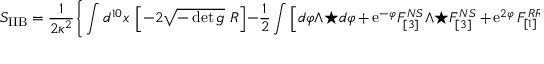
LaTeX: S _ { \mathrm { I I B } } = \frac { 1 } { 2 \kappa ^ { 2 } } \Bigg \{ \int d ^ { 1 0 } x ~ \left[ - 2 \sqrt { - \operatorname * { d e t } g } ~ R \right] - \frac { 1 } { 2 } \int \Big [ d \varphi \wedge \star d \varphi \, + \, \mathrm { e } ^ { - \varphi } F _ { [ 3 ] } ^ { N S } \wedge \star F _ { [ 3 ] } ^ { N S } \, + \, \mathrm { e } ^ { 2 \varphi } \, F _ { [ 1 ] } ^ { R R } \wedge \star F _ { [ 1 ] } ^ { R R }